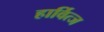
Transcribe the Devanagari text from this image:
हार्वित्ज